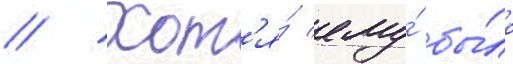
// Хот'я́ ему́ бы́ло